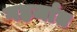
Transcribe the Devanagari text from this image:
गहर्जात